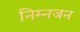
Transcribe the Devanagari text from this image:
निम्नजन